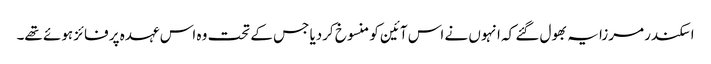
اسکندر مرزا یہ بھول گئے کہ انہوں نے اس آئین کو منسوخ کردیا جس کے تحت وہ اس عہدہ پر فائز ہوئے تھے۔